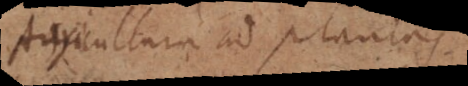
Agricultura ad plantas.